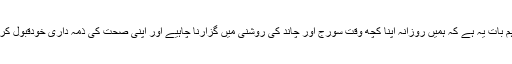
سب سے اہم بات یہ ہے کہ ہمیں روزانہ اپنا کچھ وقت سورج اور چاند کی روشنی میں گزارنا چاہیے اور اپنی صحت کی ذمہ داری خودقبول کرنی چاہیے۔